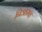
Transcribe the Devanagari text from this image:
निआमत